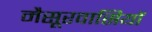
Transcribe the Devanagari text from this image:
मैसूरवासियों